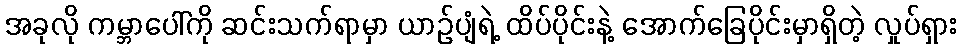
အခုလို ကမ္ဘာပေါ်ကို ဆင်းသက်ရာမှာ ယာဉ်ပျံရဲ့ ထိပ်ပိုင်းနဲ့ အောက်ခြေပိုင်းမှာရှိတဲ့ လှုပ်ရှား